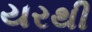
યરથી